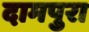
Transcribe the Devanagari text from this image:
दामपुरा